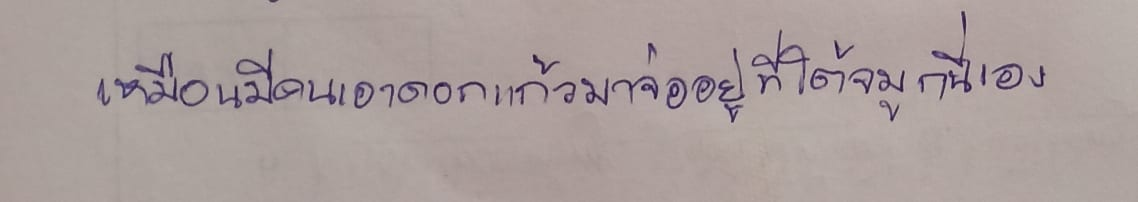
เหมือนมีคนเอาดอกแก้วมาจ่ออยู่ที่ใต้จมูกนี่เอง